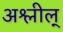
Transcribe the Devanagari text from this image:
अश्लील्